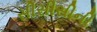
સીસીસીની